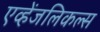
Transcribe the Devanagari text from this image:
एव्हेंजलिकल्स